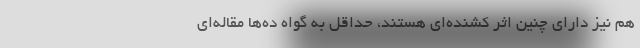
هم نیز دارای چنین اثر کشنده‌ای هستند، حداقل به گواه ده‌ها مقاله‌ای